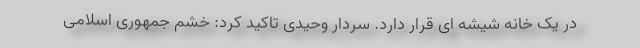
در یک خانه شیشه ای قرار دارد. سردار وحیدی تاکید کرد: خشم جمهوری اسلامی